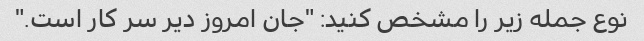
نوع جمله زیر را مشخص کنید: "جان امروز دیر سر کار است."